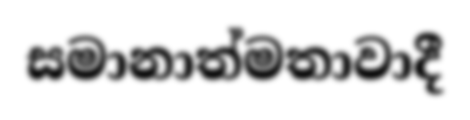
සමානාත්මතාවාදී